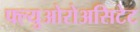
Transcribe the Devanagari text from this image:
फ्ल्युओरोअसिटेट